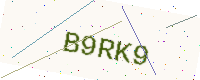
Text: B9RK9